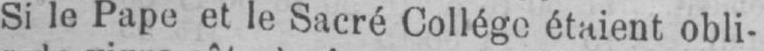
Si le Pape et le Sacré Collège étaient obli-